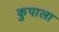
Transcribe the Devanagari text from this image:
कुपाला